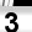
Digit: 3